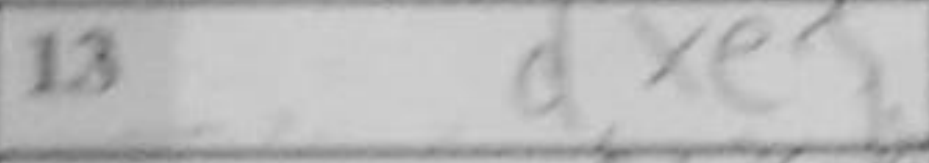
Transcription: dxe5